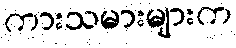
ကားသမားများက